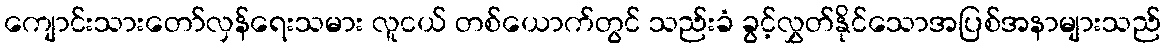
ကျောင်းသားတော်လှန်ရေးသမား လူငယ် တစ်ယောက်တွင် သည်းခံ ခွင့်လွှတ်နိုင်သောအပြစ်အနာများသည်